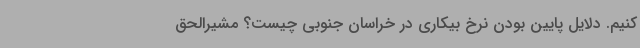
کنیم. دلایل پایین بودن نرخ بیکاری در خراسان جنوبی چیست؟ مشیرالحق